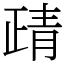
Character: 靕